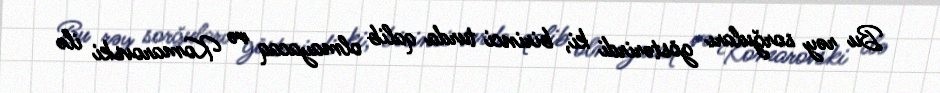
Bu rəy sorğuları göstərirdi ki, birinci turda qalib olmayacaq və Komarovski ilə